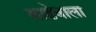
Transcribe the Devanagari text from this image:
साढेवाला